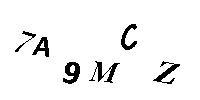
7A9MCZ